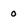
Character: 0